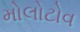
મોલોટોવ